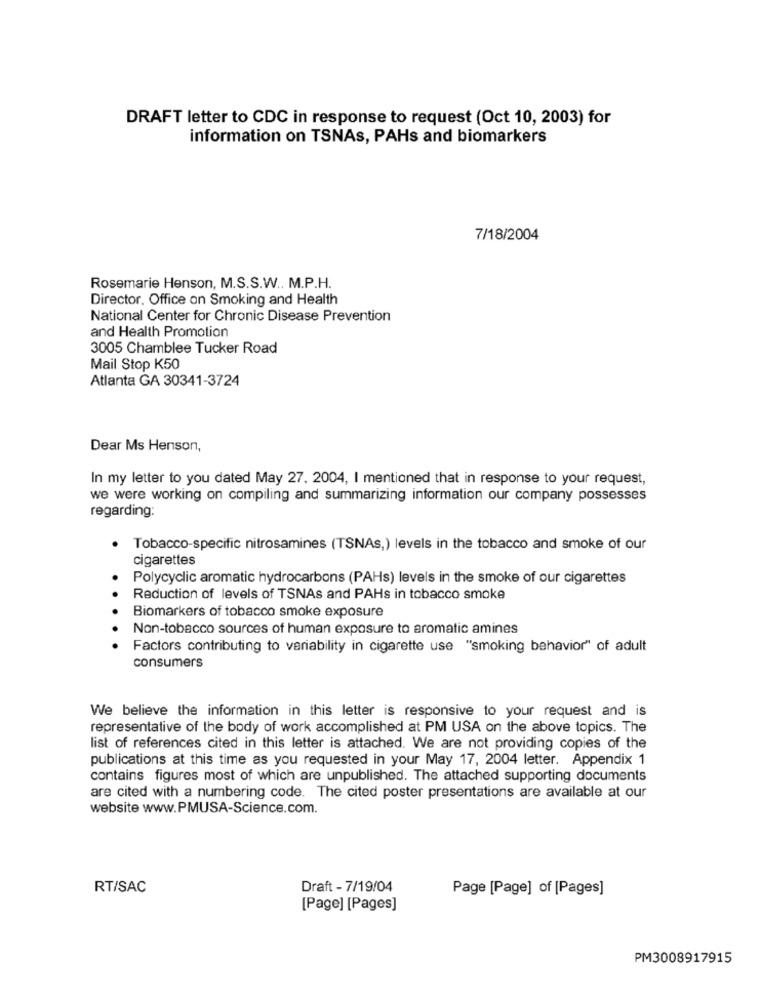
DRAFT letter to CDC in response to request (Oct 10, 2003) for
information on TSNAs, PAHs and biomarkers
7/18/2004
Rosemarie Henson, M.S.S.W .. M.P.H.
Director, Office on Smoking and Health
National Center for Chronic Disease Prevention
and Health Promotion
3005 Chamblee Tucker Road
Mail Stop K50
Atlanta GA 30341-3724
Dear Ms Henson,
In my letter to you dated May 27, 2004, I mentioned that in response to your request,
we were working on compiling and summarizing information our company possesses
regarding:
Tobacco-specific nitrosamines (TSNAs,) levels in the tobacco and smoke of our
cigarettes
Polycyclic aromatic hydrocarbons (PAHs) levels in the smoke of our cigarettes
Reduction of levels of TSNAs and PAHs in tobacco smoke
Biomarkers of tobacco smoke exposure
Non-tobacco sources of human exposure to aromatic amines
Factors contributing to variability in cigarette use "smoking behavior" of adult
consumers
We believe the information in this letter is responsive to your request and is
representative of the body of work accomplished at PM USA on the above topics. The
list of references cited in this letter is attached. We are not providing copies of the
publications at this time as you requested in your May 17, 2004 letter. Appendix 1
contains figures most of which are unpublished. The attached supporting documents
are cited with a numbering code. The cited poster presentations are available at our
website www.PMUSA-Science.com.
RT/SAC
Draft - 7/19/04
Page [Page] of [Pages]
[Page] [Pages]
PM3008917915